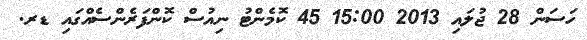
ހަސަން 28 ޖުލައި 2013 15:00 45 ކޮމެންޓު ނިއުސް ކޮންފަރެންސެއްގައި ޑރ.